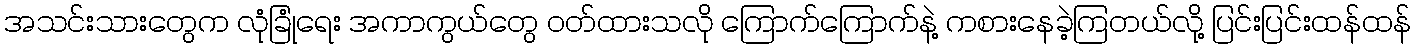
အသင်းသားတွေက လုံခြုံရေး အကာကွယ်တွေ ဝတ်ထားသလို ကြောက်ကြောက်နဲ့ ကစားနေခဲ့ကြတယ်လို့ ပြင်းပြင်းထန်ထန်